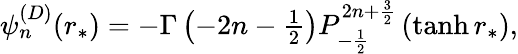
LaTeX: \begin{array}{r}{\psi_{n}^{(D)}(r_{*})=-\Gamma\left(-2n-\frac{1}{2}\right)P_{-\frac{1}{2}}^{2n+\frac{3}{2}}\left(\operatorname{tanh}r_{*}\right),}\end{array}